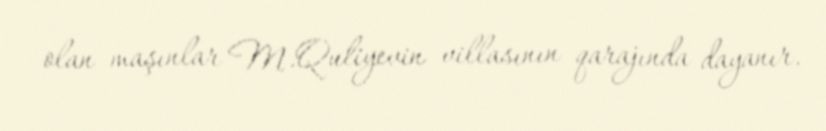
olan maşınlar M.Quliyevin villasının qarajında dayanır.